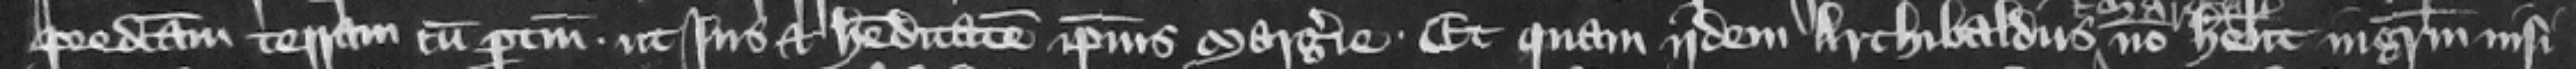
predictam terram cum pertinenciis. ut ius et hereditatem ipsius Margerie. Et quam idem Archibaldus non habent ingressum nisi